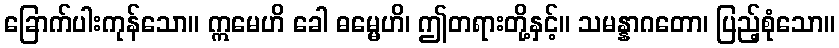
ခြောက်ပါးကုန်သော။ ဣမေဟိ ခေါ ဓမ္မေဟိ၊ ဤတရားတို့နှင့်။ သမန္နာဂတော၊ ပြည့်စုံသော။